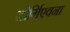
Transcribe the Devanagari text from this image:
जोर्गिएवना